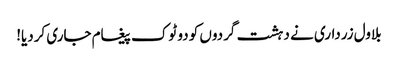
بلاول زرداری نے دہشت گردوں کو دو ٹوک پیغام جاری کردیا!